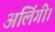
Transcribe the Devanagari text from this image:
अलिंगी।